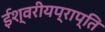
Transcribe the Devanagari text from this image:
ईश्वरीयप्राप्ति